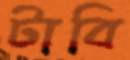
টাবি